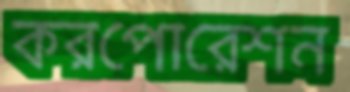
করপোরেশন